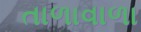
તાળાવાળા